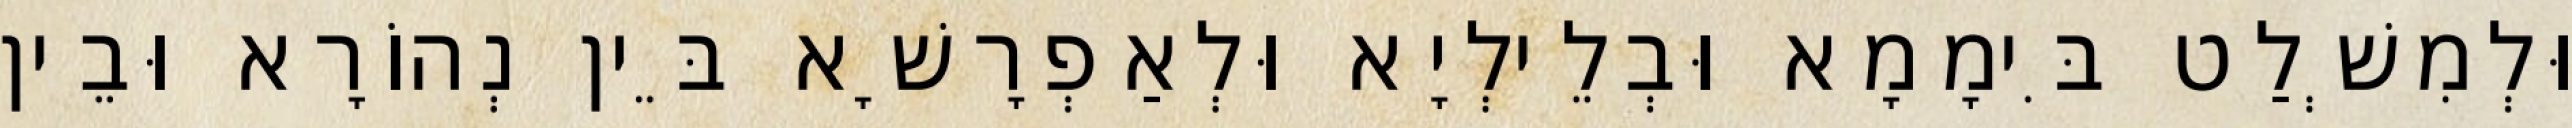
וּלְמִשְׁלַט בִּימָמָא וּבְלֵילְיָא וּלְאַפְרָשָׁא בֵּין נְהוֹרָא וּבֵין